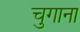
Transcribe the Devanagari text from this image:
चुगाना